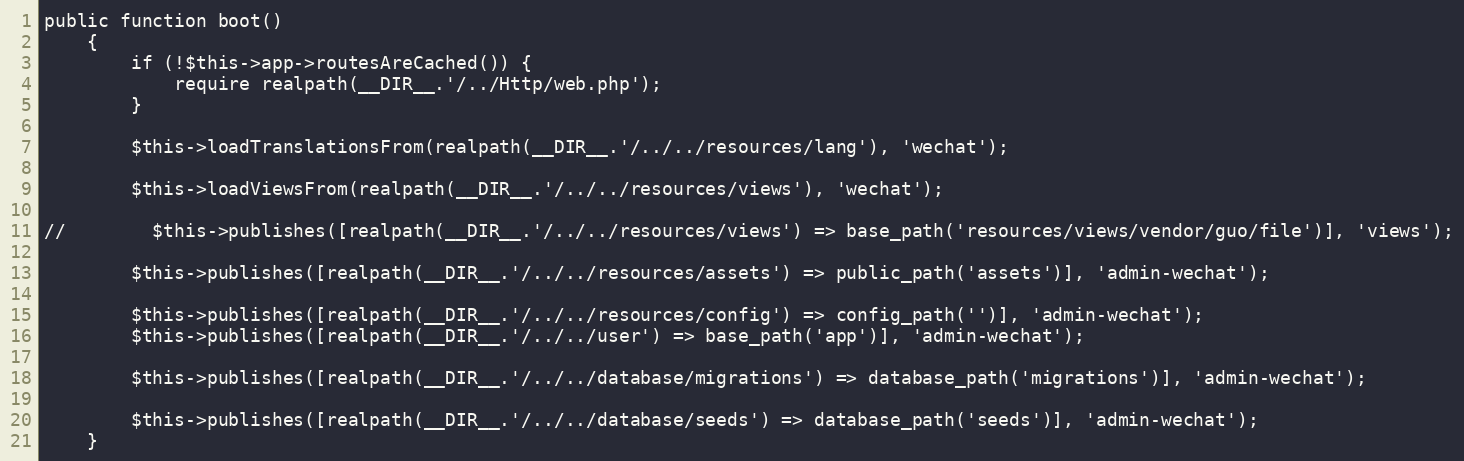
Language: PHP
public function boot()
    {
        if (!$this->app->routesAreCached()) {
            require realpath(__DIR__.'/../Http/web.php');
        }

        $this->loadTranslationsFrom(realpath(__DIR__.'/../../resources/lang'), 'wechat');

        $this->loadViewsFrom(realpath(__DIR__.'/../../resources/views'), 'wechat');

//        $this->publishes([realpath(__DIR__.'/../../resources/views') => base_path('resources/views/vendor/guo/file')], 'views');

        $this->publishes([realpath(__DIR__.'/../../resources/assets') => public_path('assets')], 'admin-wechat');

        $this->publishes([realpath(__DIR__.'/../../resources/config') => config_path('')], 'admin-wechat');
        $this->publishes([realpath(__DIR__.'/../../user') => base_path('app')], 'admin-wechat');

        $this->publishes([realpath(__DIR__.'/../../database/migrations') => database_path('migrations')], 'admin-wechat');

        $this->publishes([realpath(__DIR__.'/../../database/seeds') => database_path('seeds')], 'admin-wechat');
    }